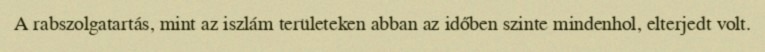
A rabszolgatartás, mint az iszlám területeken abban az időben szinte mindenhol, elterjedt volt.